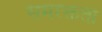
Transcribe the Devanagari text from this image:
समरक्तता